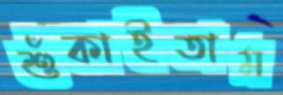
শুঁকাইতাম